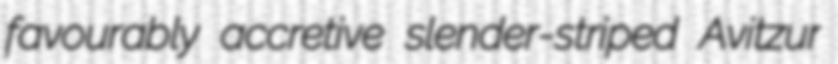
favourably accretive slender-striped Avitzur